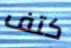
كتف